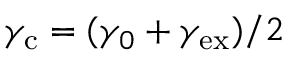
\gamma _ { \mathrm { c } } = ( \gamma _ { 0 } + \gamma _ { \mathrm { e x } } ) / 2